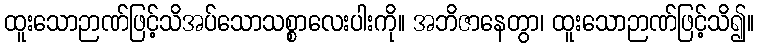
ထူးသောဉာဏ်ဖြင့်သိအပ်သောသစ္စာလေးပါးကို။ အဘိဇာနေတွာ၊ ထူးသောဉာဏ်ဖြင့်သိ၍။